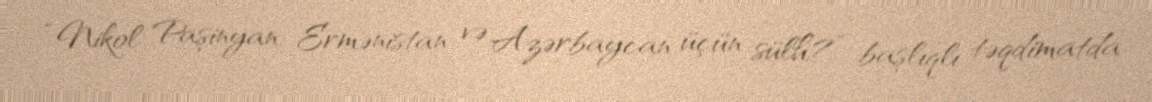
“Nikol Paşinyan: Ermənistan və Azərbaycan üçün sülh?” başlıqlı təqdimatda